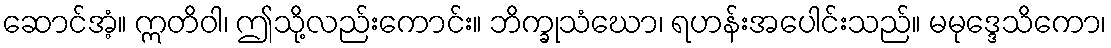
ဆောင်အံ့။ ဣတိဝါ၊ ဤသို့လည်းကောင်း။ ဘိက္ခုသံဃော၊ ရဟန်းအပေါင်းသည်။ မမုဒ္ဒေသိကော၊